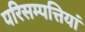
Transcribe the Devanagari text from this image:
परिसम्पत्तियां